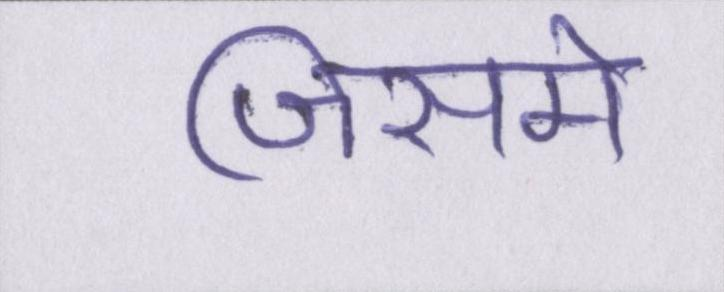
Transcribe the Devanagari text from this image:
जिसमे